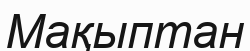
Мақыптан